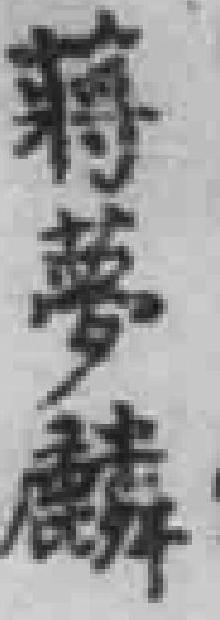
蔣夢麟